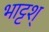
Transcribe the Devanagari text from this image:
भाट्टश्